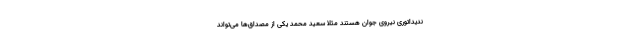
ندیداتوری نیروی جوان هستند مثلا سعید محمد یکی از مصداق‌ها می‌تواند